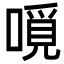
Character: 𠼽